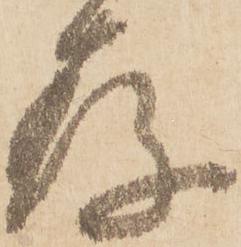
存